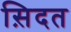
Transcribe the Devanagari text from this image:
स़िदत